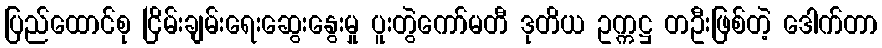
ပြည်ထောင်စု ငြိမ်းချမ်းရေးဆွေးနွေးမှု ပူးတွဲကော်မတီ ဒုတိယ ဥက္ကဋ္ဌ တဦးဖြစ်တဲ့ ဒေါက်တာ